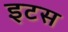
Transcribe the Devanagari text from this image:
इटस